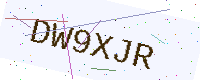
Text: DW9XJR